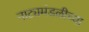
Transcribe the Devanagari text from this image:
नाट्यमंडळीच्या